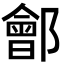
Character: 鄶